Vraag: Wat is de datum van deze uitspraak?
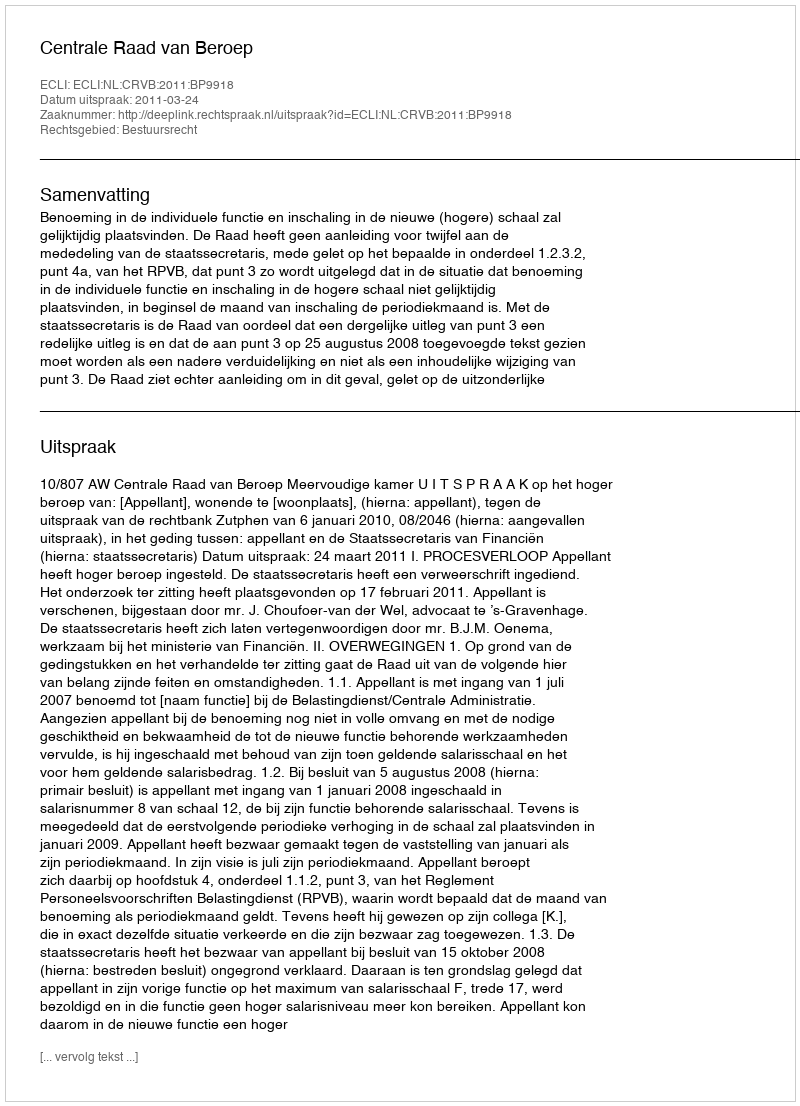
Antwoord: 2011-03-24